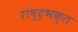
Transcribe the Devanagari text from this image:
राष्ट्रभक्त